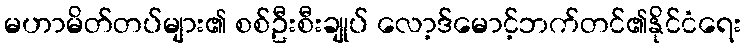
မဟာမိတ်တပ်များ၏ စစ်ဦးစီးချုပ် လော့ဒ်မောင့်ဘက်တင်၏နိုင်ငံရေး